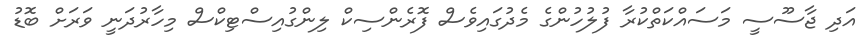
އަދި ޖާސޫސީ މަސައްކަތްކުރާ ފުލުހުންގެ މެދުގައިވެސް ފޮރެންސިކް ލިންގުއިސްޓިކްސް މިހާރުދަނީ ވަރަށް ބޮޑު